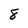
Character: 8